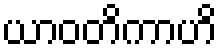
ယာဝတိကာဟိ